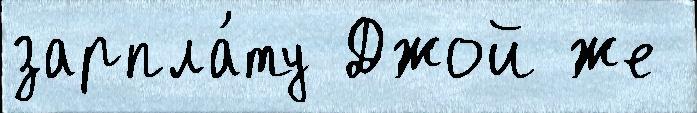
зарпла́ту Джой же